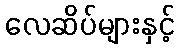
လေဆိပ်များနှင့်